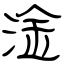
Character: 淦